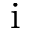
\mathrm { i }